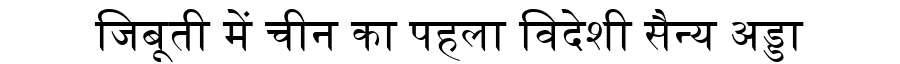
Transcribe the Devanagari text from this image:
जिबूती में चीन का पहला विदेशी सैन्य अड्डा